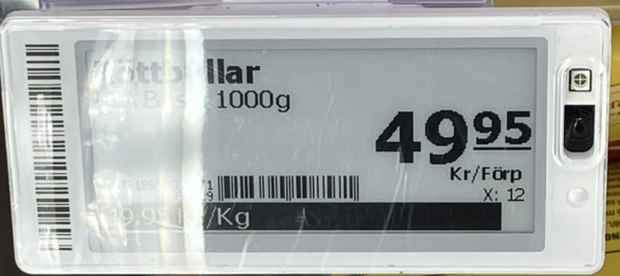
Vara: Köttbullar
Genomsnittspris: 49.95 per kg